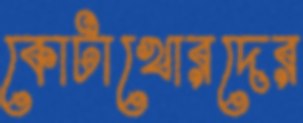
কোটাখোরদের